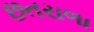
છતરાળા